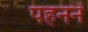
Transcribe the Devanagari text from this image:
पहननें